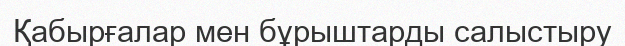
Қабырғалар мен бұрыштарды салыстыру